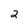
Character: 2